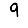
Digit: 9